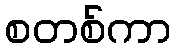
စတစ်ကာ